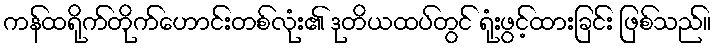
ကန်ထရိုက်တိုက်ဟောင်းတစ်လုံး၏ ဒုတိယထပ်တွင် ရုံးဖွင့်ထားခြင်း ဖြစ်သည်။